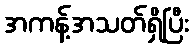
အကန့်အသတ်ရှိပြီး